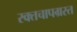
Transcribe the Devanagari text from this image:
रक्तचापग्रस्त